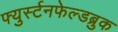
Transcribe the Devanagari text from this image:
फ्युर्स्टनफेल्डब्रुक